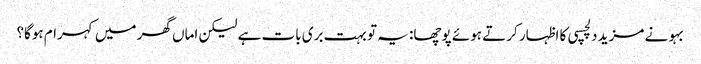
بہو نے مزید دلچسپی کا اظہار کرتے ہوئے پوچھا: یہ تو بہت بری بات ہے لیکن اماں گھر میں کہرام ہوگا؟